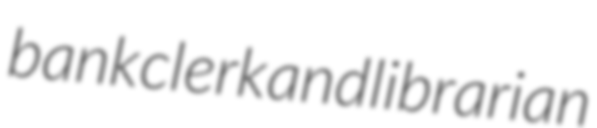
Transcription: bank clerk and librarian